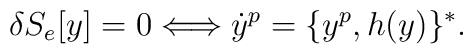
\delta S_e[y]=0 \Longleftrightarrow\dot y^p=\{y^p,h(y)\}^*.